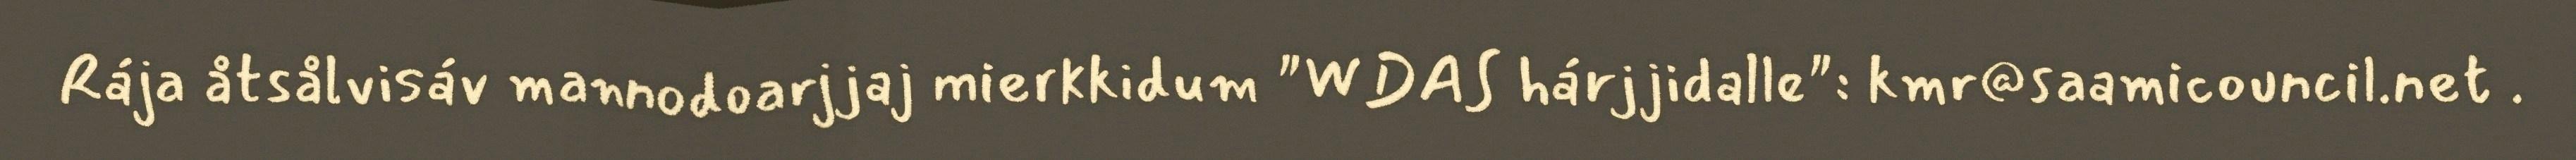
Rája åtsålvisáv mannodoarjjaj mierkkidum "WDAS hárjjidalle": kmr@saamicouncil.net .